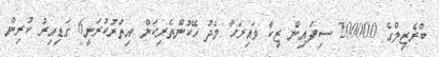
ބްރެޒިލްގެ 200000 ސިފައިން ޒިކާ ވައިރަހާ މެދު ހޭކުންތެރިކަން އިތުރުކުރަނީ6 ގަޑިއިރު ކުރިން